Annual report of the Punjab Veterinary College and of the Civil Veterinary Department, Punjab - 1894-1908
Year: 1894
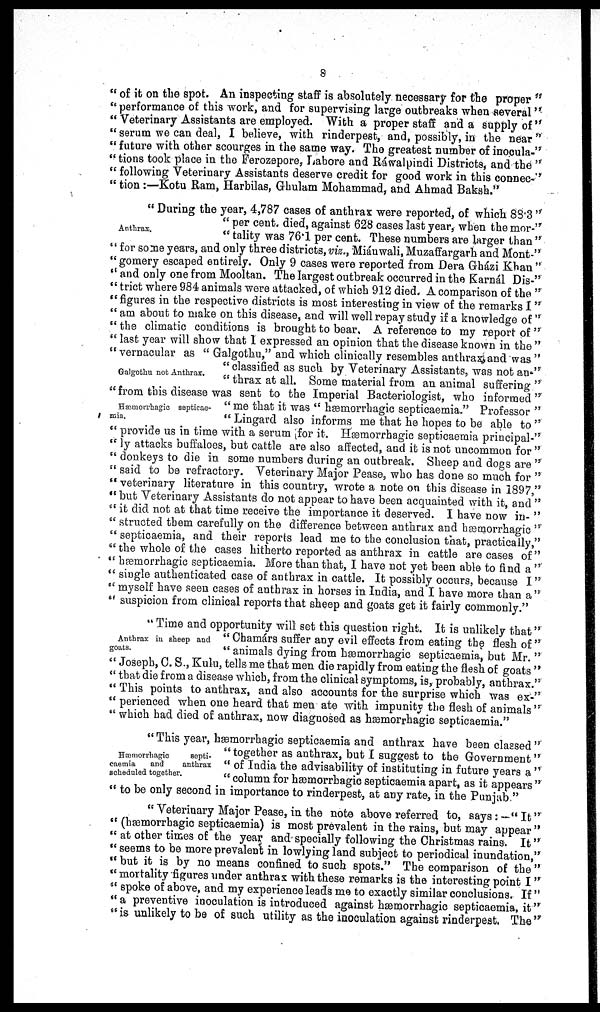
8
" of it on the spot. An inspecting staff is absolutely necessary for the proper "
"performance of this work, and for supervising large outbreaks when several "
" Veterinary Assistants are employed. With a proper staff and a supply of"
" serum we can deal, I believe, with rinderpest, and, possibly, in the near "
" future with other scourges in the same way. The greatest number of inocula-"
" tions took place in the Ferozepore, Lahore and Rawalpindi Districts, and the "
" following Veterinary Assistants deserve credit for good work in this connect
" tion :—Kotu Ram, Harbilas, Ghulam Mohammad, and Ahmad Baksh."
Anthrax.
Galgothu not Anthrax.
Hæmorrhagic septicae-
mia.
" During the year, 4,787 cases of anthrax were reported, of which 88.3 "
" per cent. died, against 628 cases last year, when the mor-"
" tality was 76.1 per cent. These numbers are larger than "
"for some years, and only three districts, viz., Miánwali, Muzaffargarh and Mont-"
" gomery escaped entirely. Only 9 cases were reported from Dera Gházi Khan "
" and only one from Mooltan. The largest outbreak occurred in the Karnál Dis-"
" trict where 984 animals were attacked, of which 912 died. A comparison of the "
"figures in the respective districts is most interesting in view of the remarks I "
" am about to make on this disease, and will well repay study if a knowledge of "
" the climatic conditions is brought to bear, A reference to my report of "
" last year will show that I expressed an opinion that the disease known in the "
" vernacular as " Galgothu," and which clinically resembles anthrax and was "
" classified as such by Veterinary Assistants, was not an-"
" thrax at all. Some material from an animal suffering "
"from this disease was sent to the Imperial Bacteriologist, who informed"
" me that it was " hæmorrhagic septicaemia." Professor "
" Lingard also informs me that he hopes to be able to "
" provide us in time with a serum for it. Hæmorrhagic septicaemia principal-"
" ly attacks buffaloes, but cattle are also affected, and it is not uncommon for "
" donkeys to die in some numbers during an outbreak. Sheep and dogs are "
" said to be refractory. Veterinary Major Pease, who has done so much for "
"veterinary literature in this country, wrote a note on this disease in 1897,"
"but Veterinary Assistants do not appear to have been acquainted with it, and "
" it did not at that time receive the importance it deserved. I have now in- "
" structed them carefully on the difference between anthrax and hæmorrhagic "
" septicaemia, and their reports lead me to the conclusion that, practically,"
" the whole of the cases hitherto reported as anthrax in cattle are cases of"
" hæmorrhagic septicaemia. More than that, I have not yet been able to find a "
" single authenticated case of anthrax in cattle. It possibly occurs, because I"
" myself have seen cases of anthrax in horses in India, and I have more than a"
" suspicion from clinical reports that sheep and goats get it fairly commonly."
Anthrax in sheep and
goats.
" Time and opportunity will set this question right. It is unlikely that"
" Chamærs suffer any evil effects from eating the flesh of "
" animals dying from hemorrhagic septicaemia, but Mr. "
" Joseph, C. S., Kulu, tells me that men die rapidly from eating the flesh of goats "
" that die from a disease which, from the clinical symptoms, is, probably, anthrax."
" This points to anthrax, and also accounts for the surprise which was ex-"
" perienced when one heard that men ate with impunity the flesh of animals"
" which had died of anthrax, now diagnosed as hemorrhagic septicaemia."
Hæmorrhagic
septi-
caemia
and
anthrax
scheduled together.
" This year, hæmorrhagic septicaemia and anthrax have been classed "
"together as anthrax, but I suggest to the Government"
" of India the advisability of instituting in future years a "
" column for hæmorrhagic septicaemia apart, as it appears "
" to be only second in importance to rinderpest, at any rate, in the Punjab "
" Veterinary Major Pease, in the note above referred to, says : — " It"
" (hæmorrhagic septicaemia) is most prevalent in the rains, but may appear "
" at other times of the year and specially following the Christmas rains. It"
" seems to be more prevalent in lowlying land subject to periodical inundation,"
" but it is by no means confined to such spots." The comparison of the "
"mortality figures under anthrax with these remarks is the interesting point I "
" spoke of above, and my experience leads me to exactly similar conclusions. If "
"a preventive inoculation is introduced against hæmorrhagic septicaemia, it"
" is unlikely to be of such utility as the inoculation against rinderpest. The "